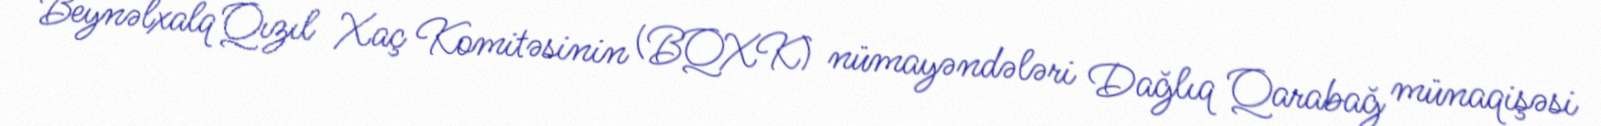
Beynəlxalq Qızıl Xaç Komitəsinin (BQXK) nümayəndələri Dağlıq Qarabağ münaqişəsi